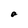
Character: a